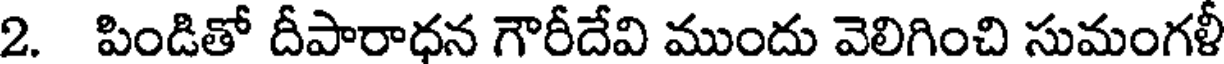
2. పిండితో దీపారాధన గౌరీదేవి ముందు వెలిగించి సుమంగళీ